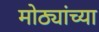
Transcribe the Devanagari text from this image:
मोठ्यांच्या